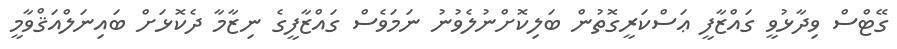
ގޭޓްސް ވިދާޅުވީ ގައްޒާފީ ޢަސްކަރީގޮތުން ބަލިކޮށްނުލެވުނު ނަމަވެސް ގައްޒާފީގެ ނިޒާމާ ދެކޮޅަށް ބައިނަލްއަޤްވާމީ